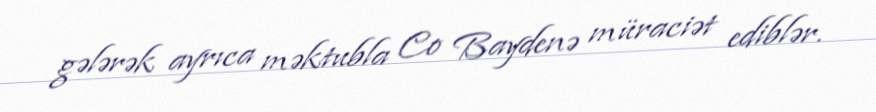
gələrək ayrıca məktubla Co Baydenə müraciət ediblər.